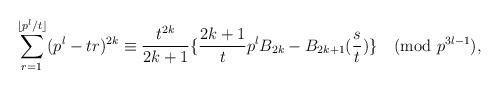
LaTeX: \begin{align*}\sum_{r=1}^{\lfloor p^{l}/t\rfloor}(p^{l}-tr)^{2k}\equiv \frac{t^{2k}}{2k+1}\{\frac{2k+1}{t}p^{l}B_{2k}-B_{2k+1}(\frac{s}{t})\}\pmod {p^{3l-1}},\end{align*}